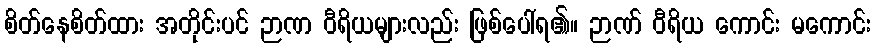
စိတ်နေစိတ်ထား အတိုင်းပင် ဉာဏ ဝီရိယများလည်း ဖြစ်ပေါ်ရ၏။ ဉာဏ် ဝီရိယ ကောင်း မကောင်း